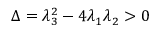
\Delta = \lambda _ { 3 } ^ { 2 } - 4 \lambda _ { 1 } \lambda _ { 2 } > 0